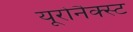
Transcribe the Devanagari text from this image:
यूरोनैक्स्ट